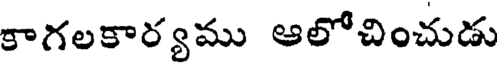
కాగలకార్యము ఆలోచించుడు